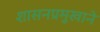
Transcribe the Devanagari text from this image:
शासनप्रमुखाने